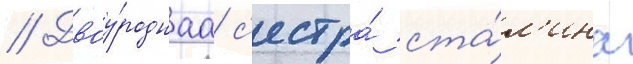
// Двоу́роднаа с'естра́ ста́л'ина